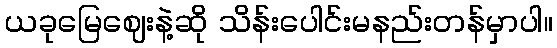
ယခုမြေဈေးနဲ့ဆို သိန်းပေါင်းမနည်းတန်မှာပါ။